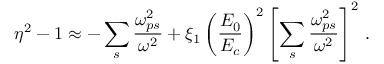
\eta ^ { 2 } - 1 \approx - \sum _ { s } \frac { \omega _ { p s } ^ { 2 } } { \omega ^ { 2 } } + \xi _ { 1 } \left( \frac { E _ { 0 } } { E _ { c } } \right) ^ { 2 } \left[ \sum _ { s } \frac { \omega _ { p s } ^ { 2 } } { \omega ^ { 2 } } \right] ^ { 2 } \, .